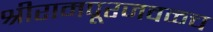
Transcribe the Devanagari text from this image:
श्रीरामपूरजवळच